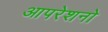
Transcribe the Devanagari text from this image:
आपरेशनो